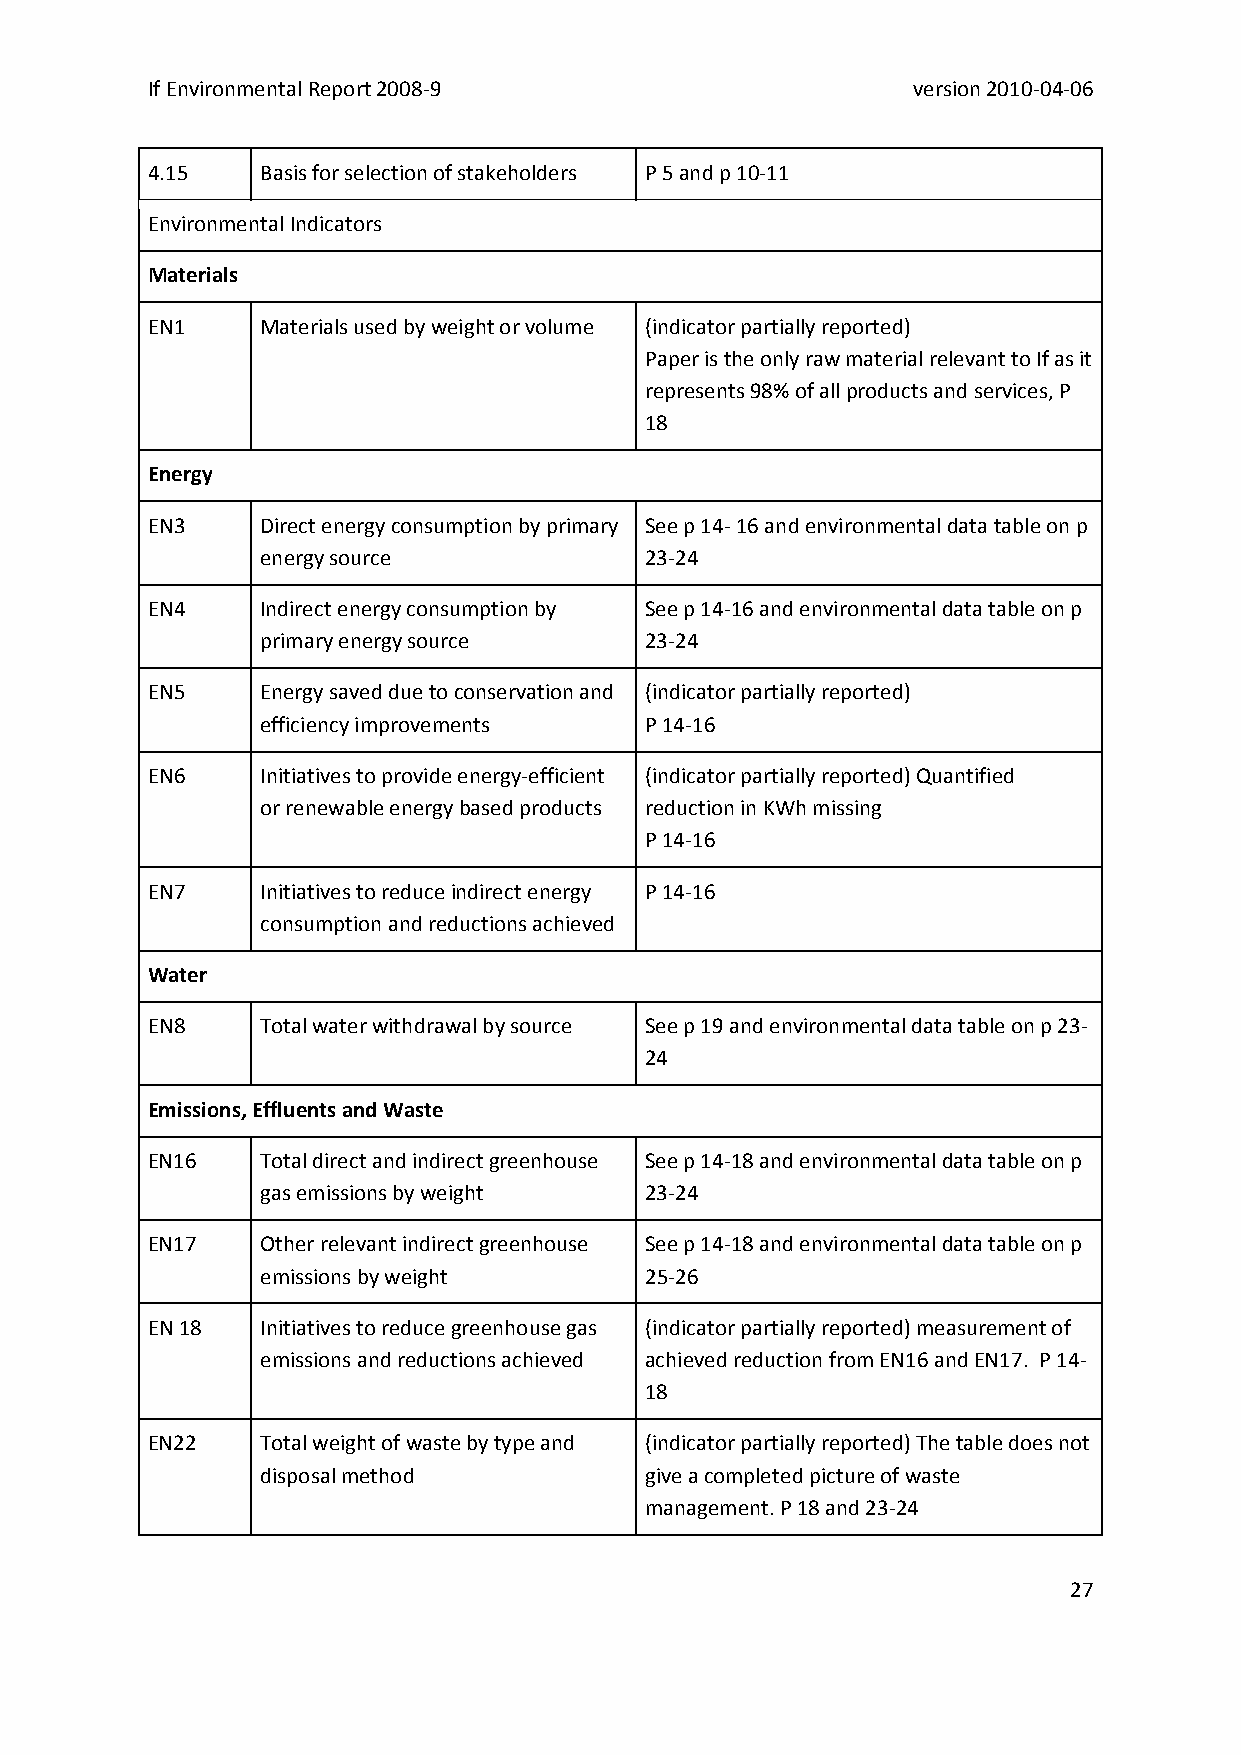
If Environmental Report 2008‐9                    version 2010‐04‐06
 4.15   Basis for selection of stakeholders P 5 and p 10‐11
 Environmental Indicators
 Materials
 EN1    Materials used by weight or volume (indicator partially reported)
 Paper is the only raw material relevant to If as it
 represents 98% of all products and services, P
 18
 Energy
 EN3    Direct energy consumption by primary See p 14‐ 16 and environmental data table on p
 energy source             23‐24
 EN4    Indirect energy consumption by See p 14‐16 and environmental data table on p
 primary energy source     23‐24
 EN5    Energy saved due to conservation and (indicator partially reported)
 efficiency improvements   P 14‐16
 EN6    Initiatives to provide energy‐efficient (indicator partially reported) Quantified
 or renewable energy based products reduction in KWh missing
 P 14‐16
 EN7    Initiatives to reduce indirect energy P 14‐16
 consumption and reductions achieved
 Water
 EN8    Total water withdrawal by source See p 19 and environmental data table on p 23‐
 24
 Emissions, Effluents and Waste
 EN16   Total direct and indirect greenhouse See p 14‐18 and environmental data table on p
 gas emissions by weight   23‐24
 EN17   Other relevant indirect greenhouse See p 14‐18 and environmental data table on p
 emissions by weight       25‐26
 EN 18  Initiatives to reduce greenhouse gas (indicator partially reported) measurement of
 emissions and reductions achieved achieved reduction from EN16 and EN17. P 14‐
 18
 EN22   Total weight of waste by type and (indicator partially reported) The table does not
 disposal method           give a completed picture of waste
 management. P 18 and 23‐24
 27